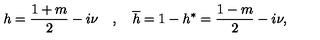
h = \frac { 1 + m } 2 - i \nu \quad , \quad \overline { { h } } = 1 - h ^ { * } = \frac { 1 - m } 2 - i \nu ,